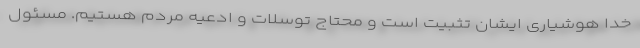
خدا هوشیاری ایشان تثبیت است و محتاج توسلات و ادعیه مردم هستیم. مسئول